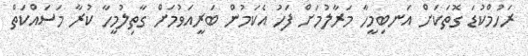
ރަހުމްކުޑަ ގޮތަކަށް އަނބިމީހާ މަރާލުމަށް ފަހު އެކަމުން ބަރީއަވުމަށް ގާތިލުމީހާ ކުރާ މަސައްކަތް